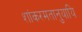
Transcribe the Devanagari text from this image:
शांकरमतानुयायि